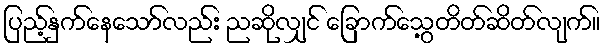
ပြည့်နှက်နေသော်လည်း ညဆိုလျှင် ခြောက်သွေ့တိတ်ဆိတ်လျက်။